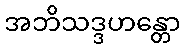
အဘိသဒ္ဒဟန္တော